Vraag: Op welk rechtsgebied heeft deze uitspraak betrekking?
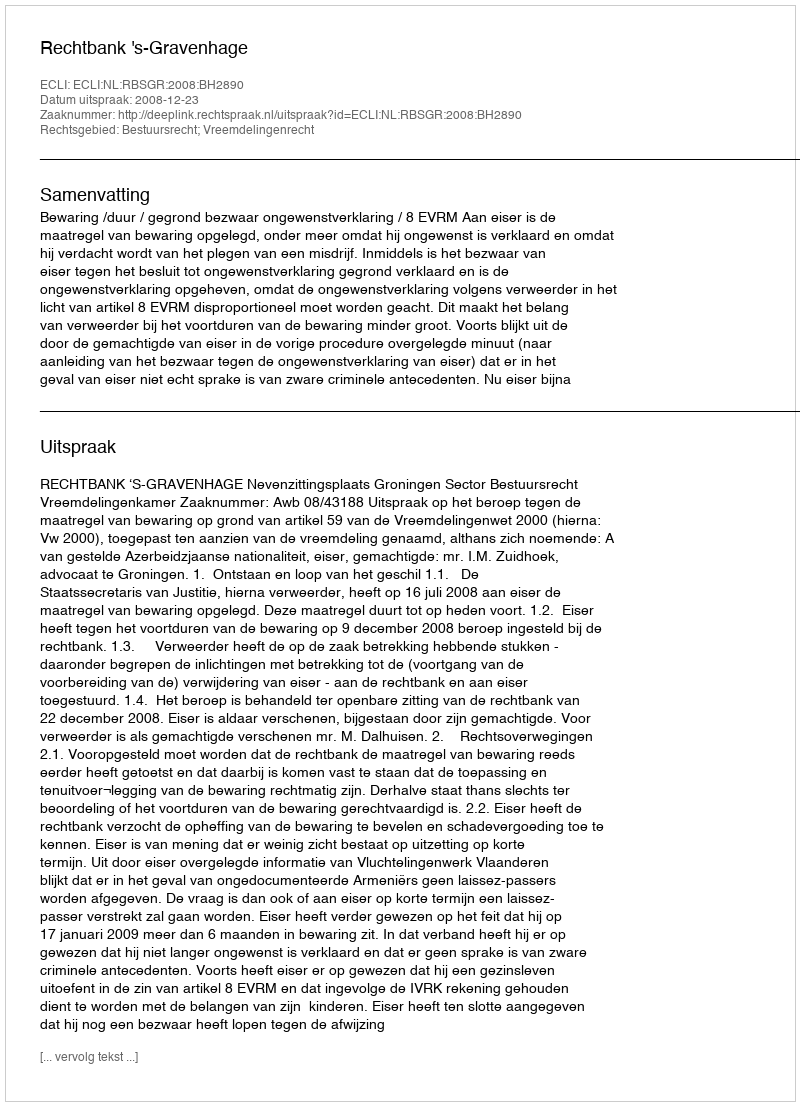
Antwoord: Bestuursrecht; Vreemdelingenrecht